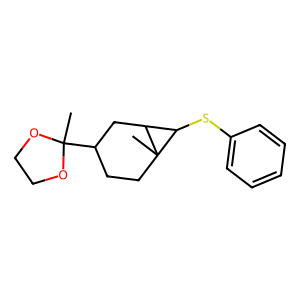
SMILES: CC1(C2CCC3(C)C(C2)C3Sc2ccccc2)OCCO1
Inhibits HIV replication: No